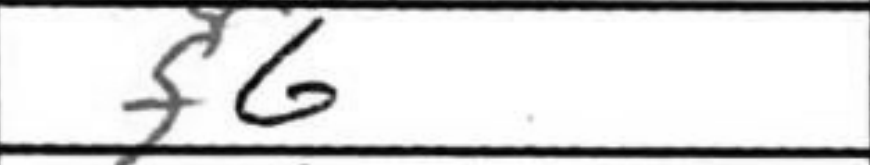
Transcription: f6